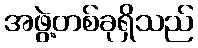
အဖွဲ့တစ်ခုရှိသည်